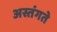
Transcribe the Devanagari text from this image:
अस्तंगते